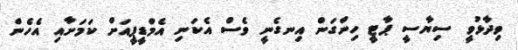
ވިދާޅުވީ ސިޔާސީ ޕާޓީ ހިންގަން އިނގެނީ ވެސް އެކަނި އެމްޑީޕީއަށް ކަމަށާއި އެހެން